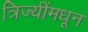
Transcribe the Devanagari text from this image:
त्रिज्यींमधून